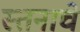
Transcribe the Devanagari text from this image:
स्तनाचे